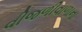
વીજળીવાળાના